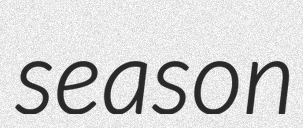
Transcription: season